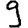
Digit: 9